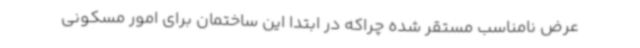
عرض نامناسب مستقر شده چراکه در ابتدا این ساختمان برای امور مسکونی